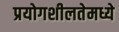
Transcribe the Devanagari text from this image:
प्रयोगशीलतेमध्ये